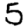
Digit: 5